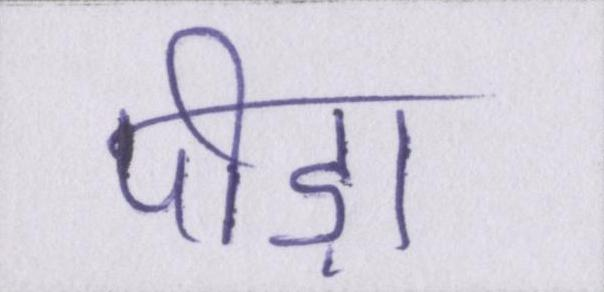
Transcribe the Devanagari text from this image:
पीड़ा